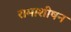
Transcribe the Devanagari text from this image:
रामाशीषन